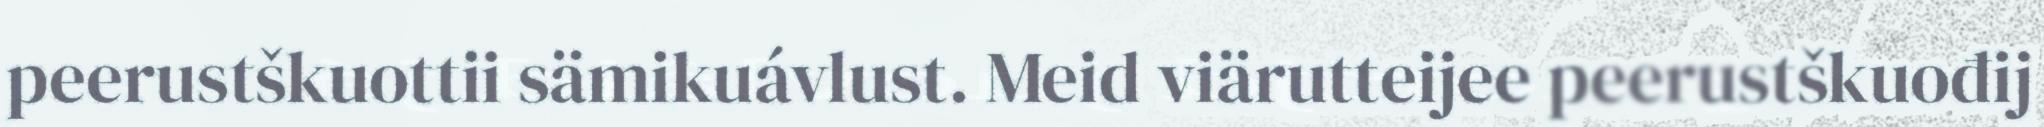
peerustškuottii sämikuávlust. Meid viärutteijee peerustškuođij